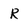
Character: R